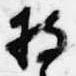
持